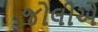
જોલીએ